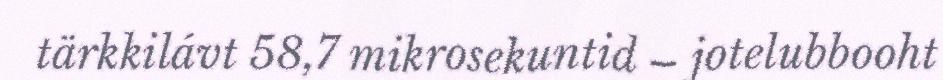
tärkkilávt 58,7 mikrosekuntid – jotelubbooht